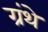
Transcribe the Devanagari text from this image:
ग्रंथे